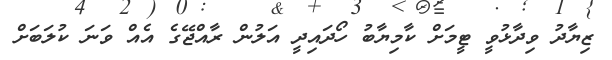
ޒިޔާދު ވިދާޅުވީ ޓީމަށް ކާމިޔާބު ހޯދައިދީ އަލުން ރާއްޖޭގެ އެއް ވަނަ ކުލަބަށް